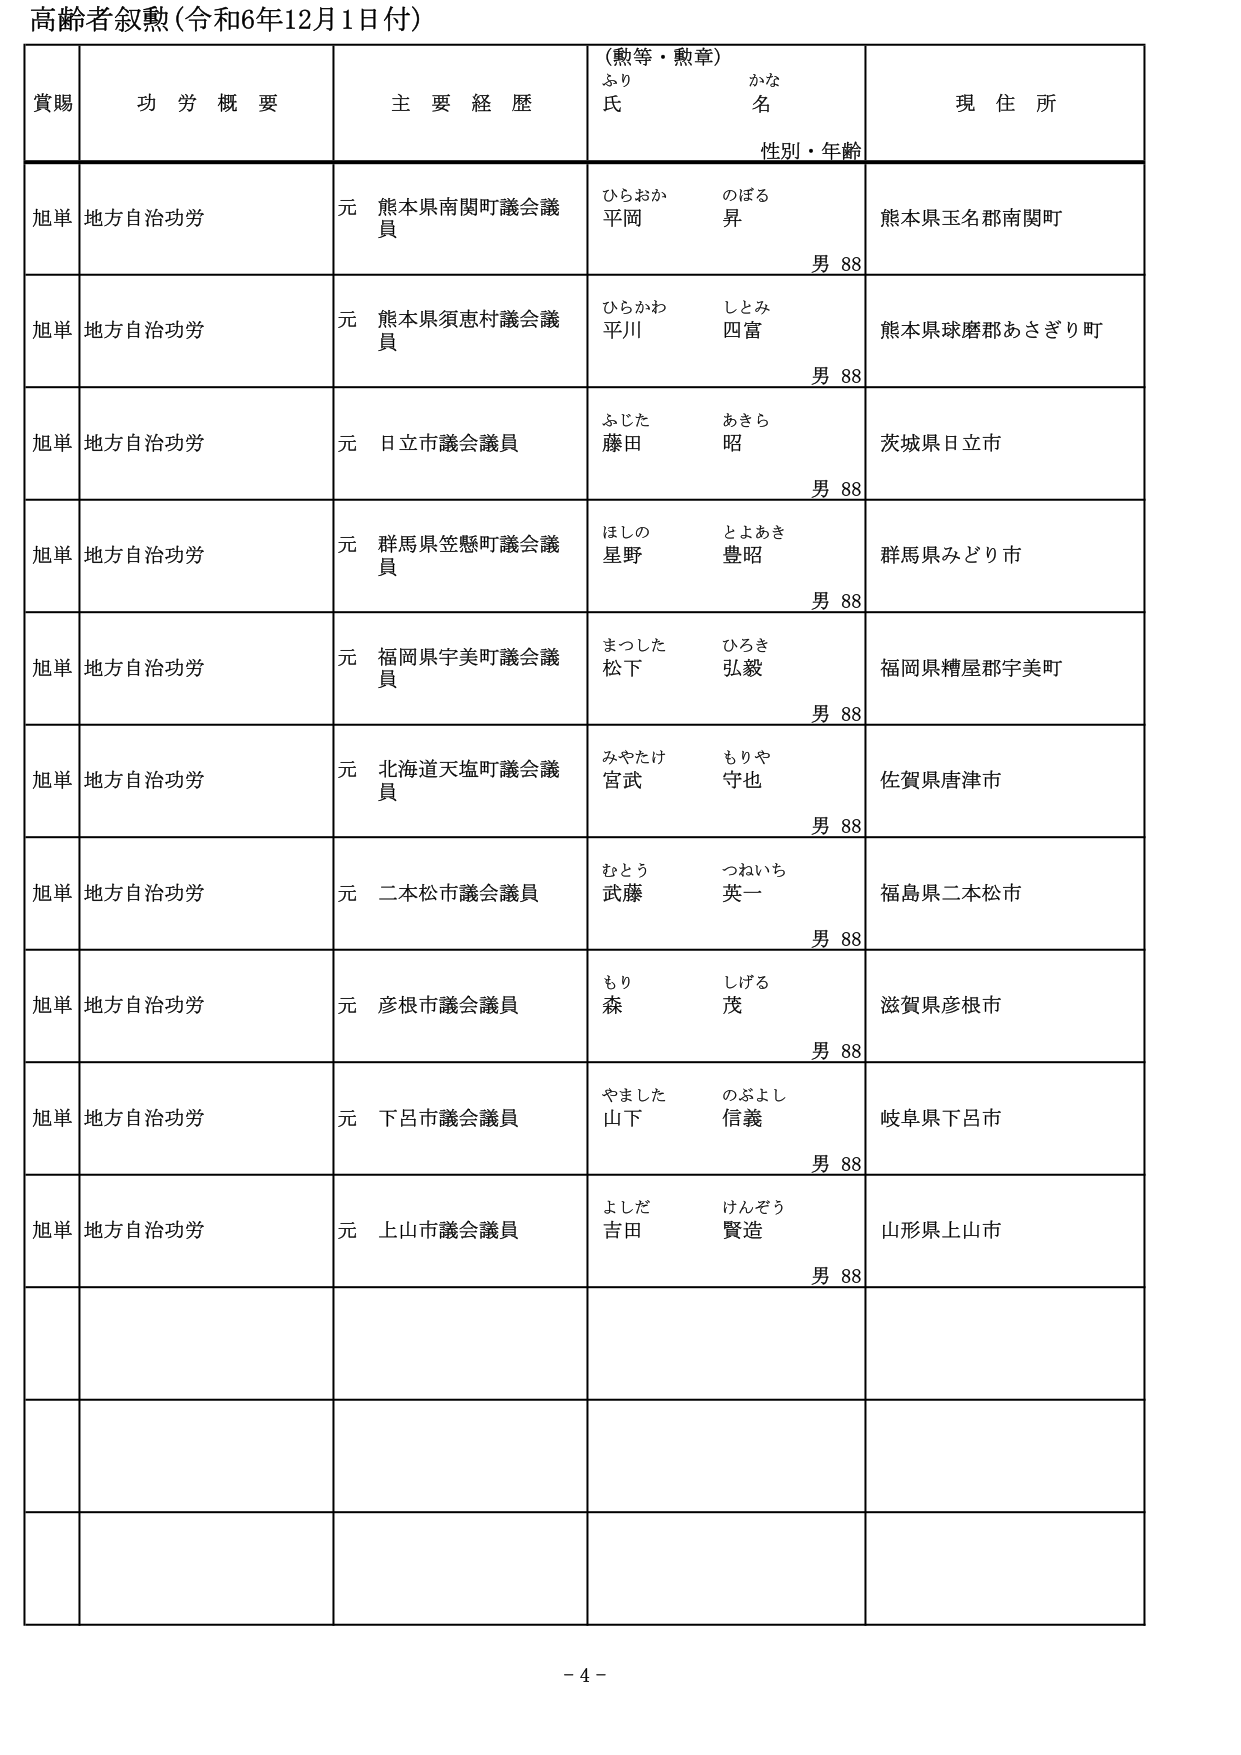
高齢者叙勲（令和6年12月1日付）

賞賜　　功労概要　　主要経歴　　（勲等・勲章）　　現住所
　　　　　　　　　　　　　　ふり　　　　かな
　　　　　　　　　　　　　　氏　　　　名
　　　　　　　　　　　　　　性別・年齢

旭単　地方自治功労　　元 熊本県南関町議会議員　　ひらおか　のぼる　　熊本県玉名郡南関町
　　　　　　　　　　　　　　　　　　　　　　　　平岡　　昇　　　　　　男 88

旭単　地方自治功労　　元 熊本県須恵村議会議員　　ひらかわ　しとみ　　熊本県球磨郡あさぎり町
　　　　　　　　　　　　　　　　　　　　　　　　平川　　四富　　　　男 88

旭単　地方自治功労　　元 日立市議会議員　　　　ふじた　あきら　　　　茨城県日立市
　　　　　　　　　　　　　　　　　　　　　　　　藤田　　昭　　　　　　男 88

旭単　地方自治功労　　元 群馬県笠懸町議会議員　　ほしの　とよあき　　群馬県みどり市
　　　　　　　　　　　　　　　　　　　　　　　　星野　　豊昭　　　　男 88

旭単　地方自治功労　　元 福岡県宇美町議会議員　　まつした　ひろき　　福岡県糟屋郡宇美町
　　　　　　　　　　　　　　　　　　　　　　　　松下　　弘毅　　　　男 88

旭単　地方自治功労　　元 北海道天塩町議会議員　　みやたけ　もりや　　佐賀県唐津市
　　　　　　　　　　　　　　　　　　　　　　　　宮武　　守也　　　　男 88

旭単　地方自治功労　　元 二本松市議会議員　　　　むとう　つねいち　　福島県二本松市
　　　　　　　　　　　　　　　　　　　　　　　　武藤　　英一　　　　男 88

旭単　地方自治功労　　元 彦根市議会議員　　　　もり　しげる　　　　滋賀県彦根市
　　　　　　　　　　　　　　　　　　　　　　　　森　　茂　　　　　　男 88

旭単　地方自治功労　　元 下呂市議会議員　　　　やました　のぶよし　　岐阜県下呂市
　　　　　　　　　　　　　　　　　　　　　　　　山下　　信義　　　　男 88

旭単　地方自治功労　　元 上山市議会議員　　　　よしだ　けんぞう　　山形県上山市
　　　　　　　　　　　　　　　　　　　　　　　　吉田　　賢造　　　　男 88

- 4 -